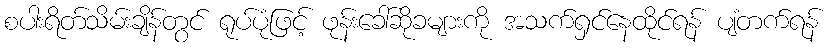
စပါးရိတ်သိမ်းချိန်တွင် ရုပ်ပုံဖြင့် ဖုန်းခေါ်ဆိုခများကို အသက်ရှင်နေထိုင်ရန် ပျံတက်ရန်